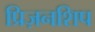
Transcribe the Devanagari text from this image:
प्रिज़नशिप